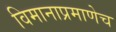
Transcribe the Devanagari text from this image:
विमानाप्रमाणेच